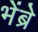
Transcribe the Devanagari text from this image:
भेंब्रे